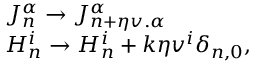
\begin{array} { l c r } { { J _ { n } ^ { \alpha } \to J _ { n + \eta v . { \alpha } } ^ { \alpha } } } \\ { { H _ { n } ^ { i } \to H _ { n } ^ { i } + k \eta v ^ { i } \delta _ { n , 0 } , } } \end{array}